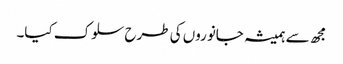
مجھ سے ہمیشہ جانوروں کی طرح سلوک کیا۔